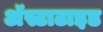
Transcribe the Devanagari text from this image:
अॅस्टाटाइड